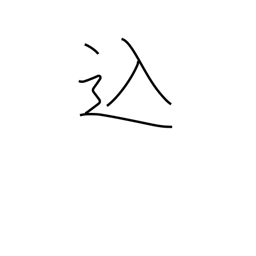
Meaning: included